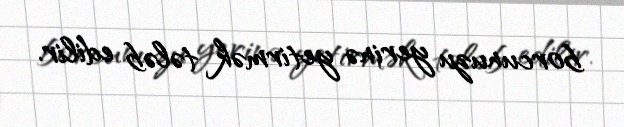
borcunuzu yerinə yetirmək tələb edilir.